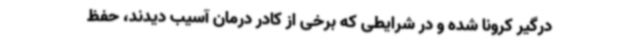
درگیر کرونا شده و در شرایطی که برخی از کادر درمان آسیب دیدند، حفظ